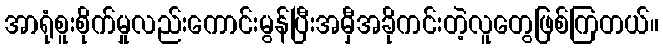
အာရုံစူးစိုက်မှုလည်းကောင်းမွန်ပြီးအမှီအခိုကင်းတဲ့လူတွေဖြစ်ကြတယ်။